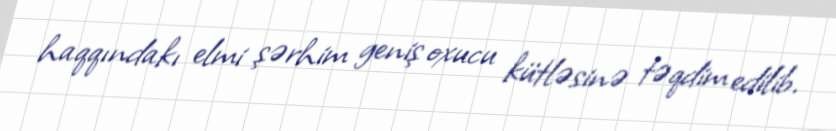
haqqındakı elmi şərhim geniş oxucu kütləsinə təqdim edilib.